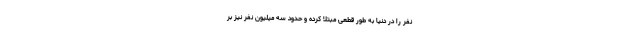
نفر را در دنیا به طور قطعی مبتلا کرده و حدود سه میلیون نفر نیز بر